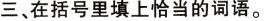
三、在括号里填上恰当的词语。